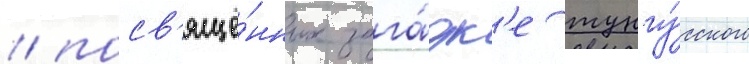
/ посв'ящё́нных зага́дк'е тунгу́сского